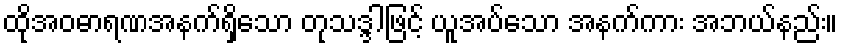
ထိုအဝဓာရဏအနက်ရှိသော တုသဒ္ဒါဖြင့် ယူအပ်သော အနက်ကား အဘယ်နည်း။